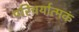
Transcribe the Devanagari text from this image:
परिचर्यात्मकं